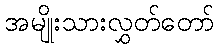
အမျိုးသားလွှတ်တော်